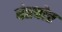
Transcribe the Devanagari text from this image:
वंतपोर